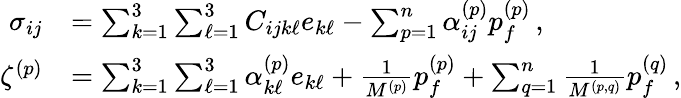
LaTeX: \begin{array}{rl}{\sigma_{ij}}&{=\sum_{k=1}^{3}\sum_{\ell=1}^{3}C_{ijk\ell}e_{k\ell}-\sum_{p=1}^{n}\alpha_{ij}^{(p)}p_{f}^{(p)}\, ,}\\ {\zeta^{(p)}}&{=\sum_{k=1}^{3}\sum_{\ell=1}^{3}\alpha_{k\ell}^{(p)}e_{k\ell}+\frac{1}{M^{(p)}}p_{f}^{(p)}+\sum_{q=1}^{n}\frac{1}{M^{(p,q)}}p_{f}^{(q)}\, ,}\end{array}